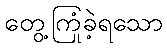
တွေ့ကြုံခဲ့ရသော